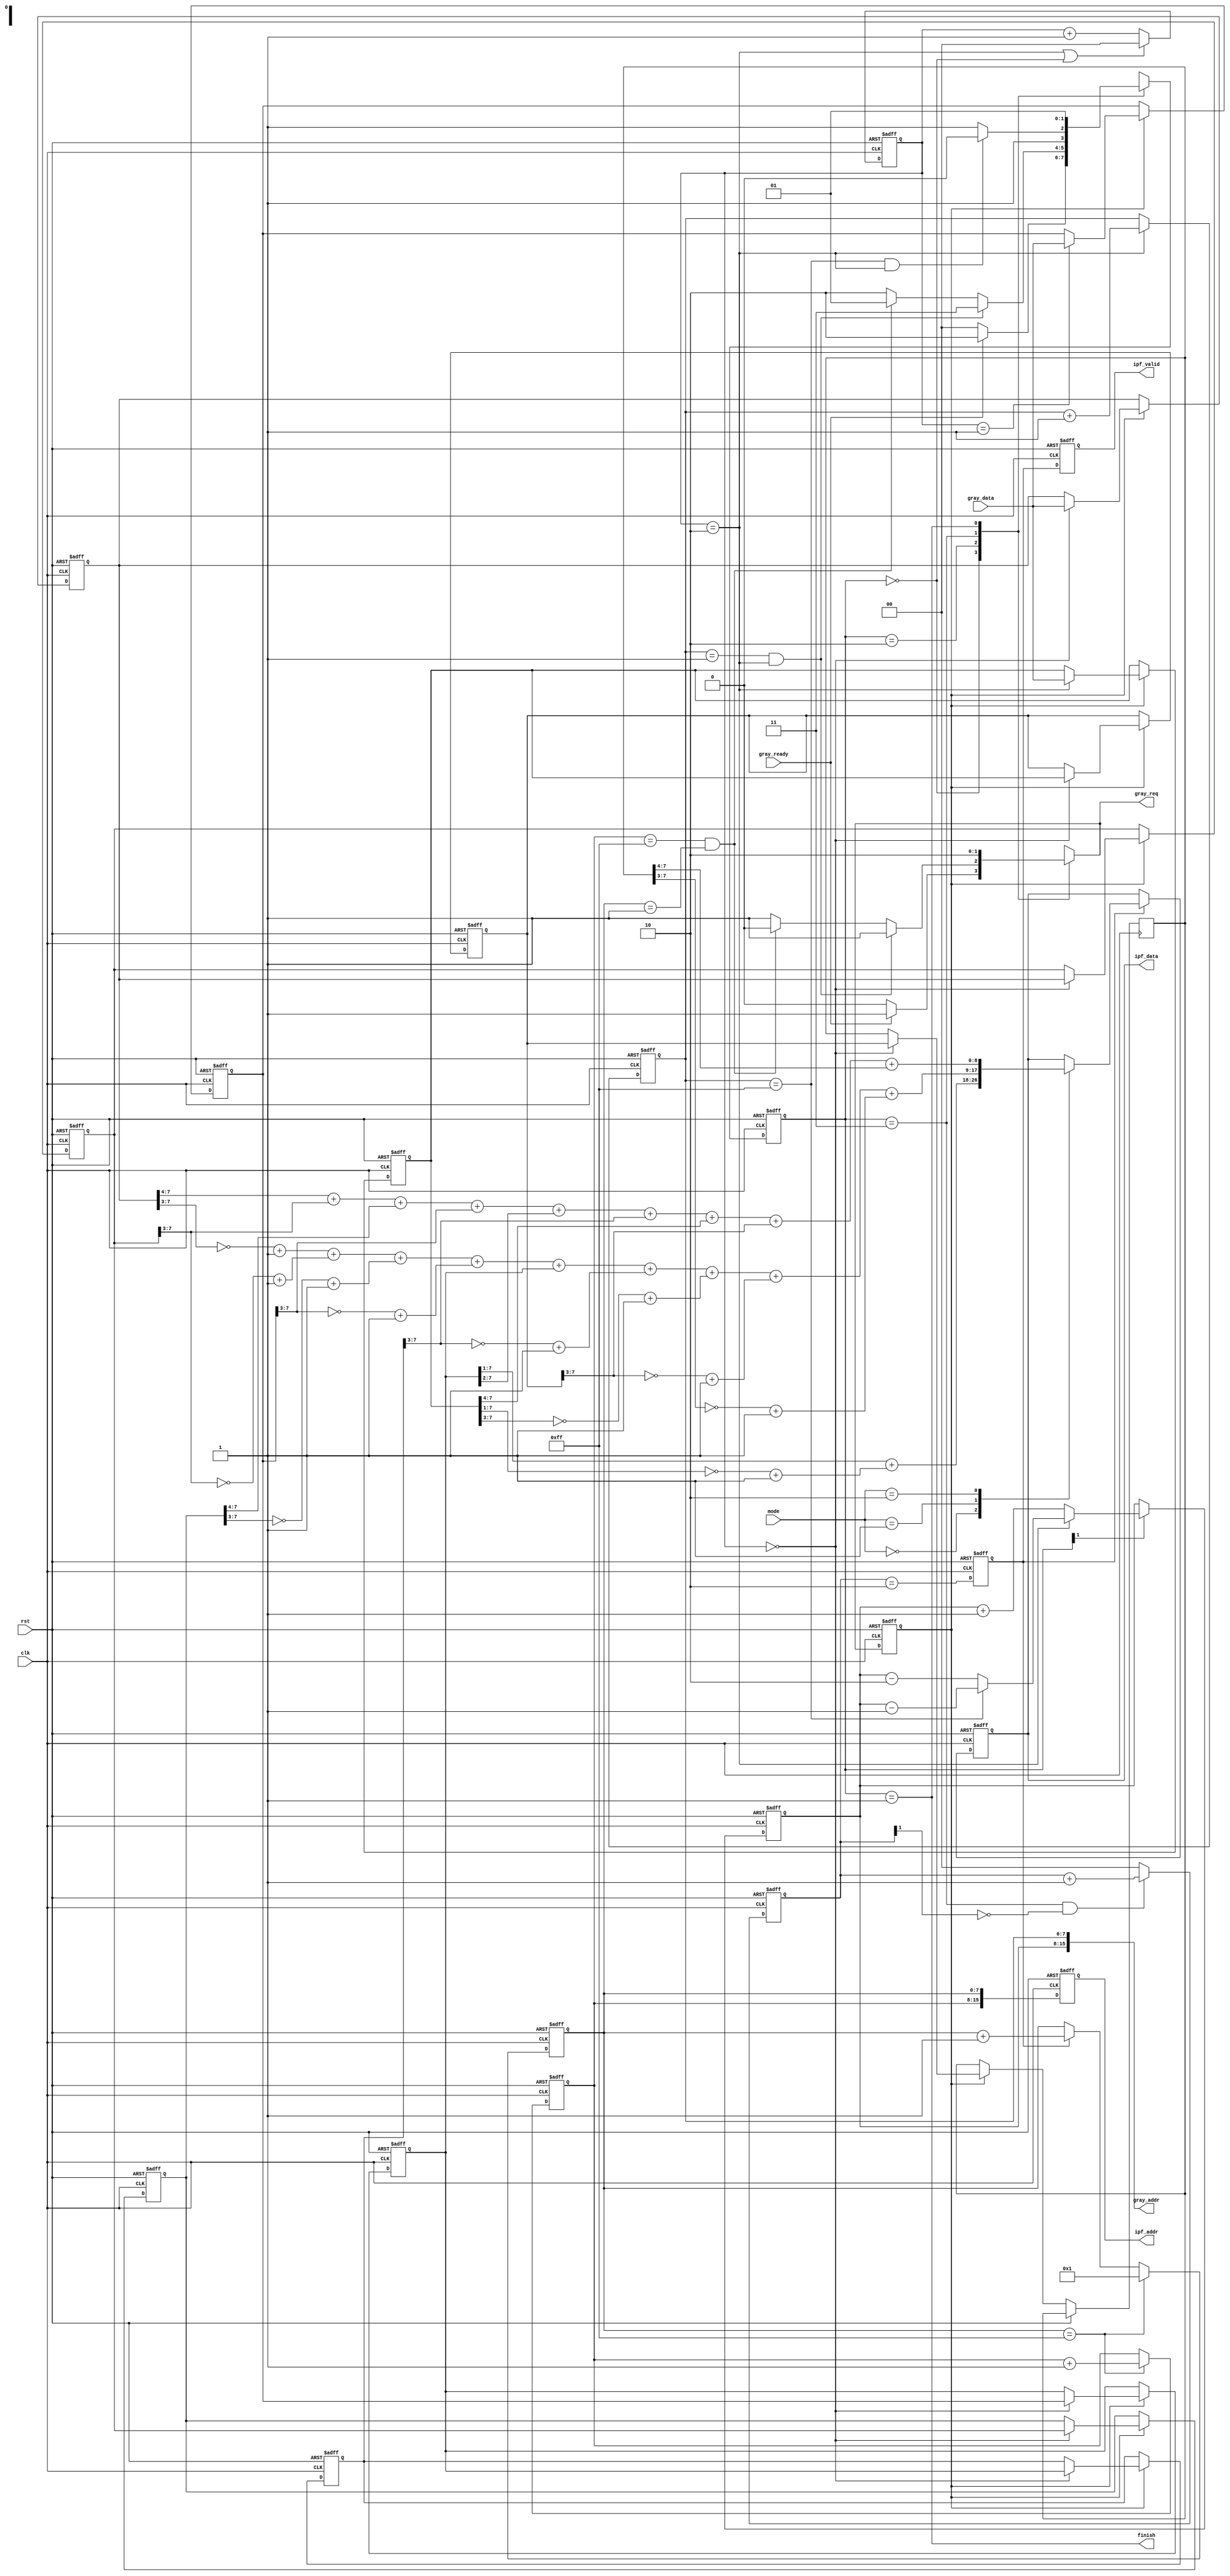
module IPF #(
	parameter In_Width   = 8, 
	parameter Out_Width  = 9,
	parameter Addr_Width = 16
)(

	input clk,
	input rst,

	input  [1:0] mode,

	input                       gray_ready,
	input      [In_Width-1  :0] gray_data,
	output reg [Addr_Width-1:0] gray_addr,
	output reg                  gray_req,
    
    output reg                  ipf_valid,
	output reg [Addr_Width-1:0] ipf_addr,
	output reg [Out_Width-1 :0] ipf_data,

	output finish

);
    
    parameter STATE_Width = 2;
	parameter IDLE    = 2'b00;
	parameter FINISH  = 2'b01;
	parameter WAIT    = 2'b10;
	parameter COMPUTE = 2'b11;
	
	parameter Addr_RC = Addr_Width/2; //Row, Col addr

	reg [STATE_Width-1:0] PS, NS;
    reg [1:0] W_cnt;

    reg [Addr_RC-1:0] RAddr_i, RAddr_j, WAddr_i, WAddr_j;
    reg [1:0] R_cnt;
    
    reg [In_Width-1:0] data [0:8];
    reg [Out_Width-1:0] O_val [0:2];
    
    wire start, restart, terminate;
	reg data_valid;
    reg ipf_valid_t; 

    assign start     = (RAddr_j == 8'd1)   & (R_cnt == 2'd2);
	assign restart   = (RAddr_j == 8'd255) & (R_cnt == 2'd2);
    assign terminate = (WAddr_i == 8'd255) & (WAddr_j == 8'd1);
    assign finish    = (PS == FINISH);
    
    integer idx;
    
    /* FSM ============================================= */

    always@(posedge clk or posedge rst)begin
    	if(rst)begin
    		PS  <= IDLE;
    	end else begin
    		PS <= NS;		
    	end
    end 

    always@(*)begin
    	gray_req = 0;
    	case(PS)
    		IDLE:begin
    			NS = IDLE;
    			if(gray_ready)begin
    				gray_req = 1;
    				NS = WAIT;
    			end
    		end
    		WAIT:begin
    			NS = WAIT;
    			gray_req = 1;
    			if(start)begin
    				NS = COMPUTE;
    			end else if(terminate) begin
    			    gray_req = 0;
    				NS = FINISH;
    			end
    		end
    		COMPUTE:begin
    			NS = COMPUTE;
    			gray_req = 1;
    			if(restart)begin
    				NS = WAIT;
    			end
    		end
    		FINISH:begin
    			NS = FINISH;
    		end

    	endcase
    end
    
    /* Read data ======================================= */
	always @(*) begin
		gray_addr = {RAddr_i, RAddr_j};
	end
    
    always @(posedge clk or posedge rst) begin
    	if (rst) begin
    		R_cnt <= 0;
    	end else if ((R_cnt == 2'd2) | (PS == IDLE)) begin
    		R_cnt <= 0;
    	end else begin
    		R_cnt <= R_cnt + 2'd1;
    	end
    end
	
	always @(posedge clk or posedge rst) begin
		if (rst) begin
			RAddr_i <= 0;
		end else if(PS[1] == 1) begin                    //PS == WAIT or COMPUTE
		    case(R_cnt)
                2'd2:begin
                	RAddr_i <= RAddr_i - 8'd2;
                	if(RAddr_j == {In_Width{1'b1}})begin //New row
                		RAddr_i <= RAddr_i - 1;
                	end
                end
                default:begin
                	RAddr_i <= RAddr_i + 1;
                end
		    endcase
		end
	end

	always @(posedge clk or posedge rst) begin
		if (rst) begin
			RAddr_j <= 0;
		end 
		else if(R_cnt == 2'd2) begin                //Move slide window
			RAddr_j <= RAddr_j + 1;
		end
	end
    
	/* Store data & Compute result ===================== */
    always@(posedge clk or posedge rst)begin
    	if(rst)begin
    		data_valid <= 0;
    	end 
		else begin
    		data_valid <= gray_req;
    	end
    end 

    always @(posedge clk or posedge rst) begin
    	if (rst) begin                        
    		for(idx=0; idx<8; idx=idx+1)begin   //Init
                data[idx] <= 0;
            end
    	end 
		else if(data_valid) begin           //Update data reg & Shift value
    	   case(R_cnt)
    	        2'd0:begin
    	        	data[0] <= gray_data;

    	        	data[3] <= data[0];
		    		data[4] <= data[1];
		    		data[5] <= data[2];

		    		data[6] <= data[3];
		    		data[7] <= data[4];
		    		data[8] <= data[5];
    	        end
    	        2'd1:begin
    	        	data[1] <= gray_data;
    	        end
    	   		2'd2:begin
    	   			data[2] <= gray_data;
    	   		end

    	   	endcase
    	    
    	end
    end

	always@(*)begin
		O_val[0] = (({1'b0, data[4]}>>1)) + (~({1'b0, data[2]}>>1)+1);

		O_val[1] = (~(data[0]>>3)+1) + (~(data[3]>>3)+1) + (~(data[6]>>3)+1) +
				   (~(data[1]>>3)+1) + ( (data[4]))      + (~(data[7]>>3)+1) +
				   (~(data[2]>>3)+1) + (~(data[5]>>3)+1) + (~(data[8]>>3)+1);

		O_val[2] = ({1'b0, data[0]}>>4) + ({1'b0, data[3]}>>3) + ({1'b0, data[6]}>>4)+
				   ({1'b0, data[1]}>>3) + ({1'b0, data[4]}>>2) + ({1'b0, data[7]}>>3)+
				   ({1'b0, data[2]}>>4) + ({1'b0, data[5]}>>3) + ({1'b0, data[8]}>>4);
	end
    
    /* Write data ====================================== */
    always @(posedge clk or posedge rst) begin
    	if (rst) begin
    		W_cnt <= 0;
    	end 
		else if((PS == COMPUTE) & (W_cnt[1] == 0))begin //W_cnt = 00 or 01
    		W_cnt <= W_cnt + 2'd1;
    	end else begin
    		W_cnt <= 0;
    	end
    end

	always @(posedge clk or posedge rst) begin
    	if (rst) begin
    	    ipf_valid   <= 0;	
    	    ipf_valid_t <= 0;
    	end else begin
    		ipf_valid   <= ipf_valid_t;
    		ipf_valid_t <= (W_cnt == 2'd2);
    	end
    end

    always @(posedge clk or posedge rst) begin
    	if (rst) begin
    		ipf_data <= 0;	
    	end else if(ipf_valid_t) begin
    	    case(mode)
    	        2'd0:begin
    	        	ipf_data <= O_val[0];
    	        end
    	        2'd1:begin
    	        	ipf_data <= O_val[1];
    	        end
    	        2'd2:begin
    	        	ipf_data <= O_val[2];
    	        end
    	    endcase
    		
    	end
    end

    always @(posedge clk or posedge rst) begin
    	if (rst) begin
    		WAddr_j <= 1;
    	end else if(WAddr_j == 8'd255)begin
            WAddr_j <= 1;
    	end else if (ipf_valid_t) begin
    		WAddr_j <= WAddr_j + 1;
    	end
    end

    always @(posedge clk or posedge rst) begin
    	if (rst) begin
    		WAddr_i <= 1;
    	end 
		else if (WAddr_j == 8'd255) begin
    		WAddr_i <= WAddr_i + 1;
    	end
    end
    
    always @(posedge clk or posedge rst) begin
    	if (rst) begin
    	    ipf_addr <= 0;	
    	end else begin
    		ipf_addr  <= {WAddr_i, WAddr_j};
    	end
    end

endmodule